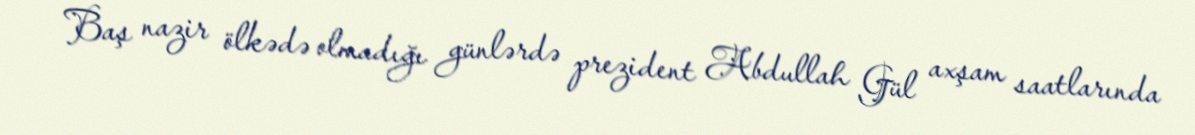
Baş nazir ölkədə olmadığı günlərdə prezident Abdullah Gül axşam saatlarında